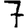
Digit: 7